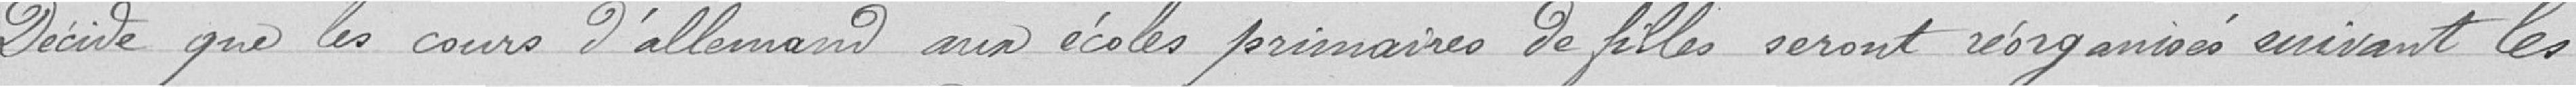
Décide que les cours d'allemand aux écoles primaires de filles seront réorganisés suivant les